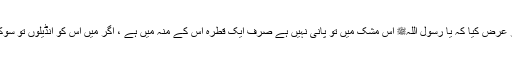
میں رسول اللہﷺ کے پاس آیا اور عرض کیا کہ یا رسول اللہﷺ اس مشک میں تو پانی نہیں ہے صرف ایک قطرہ اس کے منہ میں ہے ، اگر میں اس کو انڈیلوں تو سوکھی مشک اس کو بھی پی جائے۔